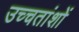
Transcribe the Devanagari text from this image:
उच्चतांशों